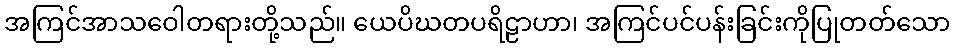
အကြင်အာသဝေါတရားတို့သည်။ ယေပိဃတပရိဠာဟာ၊ အကြင်ပင်ပန်းခြင်းကိုပြုတတ်သော